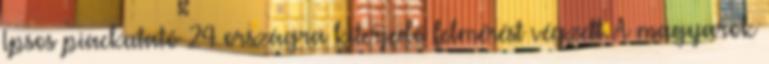
Ipsos piackutató 24 országra kiterjedő felmérést végzett. A magyarok